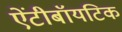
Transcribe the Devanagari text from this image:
ऐंटीबॉयटिक